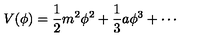
V ( \phi ) = \frac { 1 } { 2 } m ^ { 2 } \phi ^ { 2 } + \frac { 1 } { 3 } a \phi ^ { 3 } + \cdots